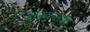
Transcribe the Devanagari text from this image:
संस्कृतक